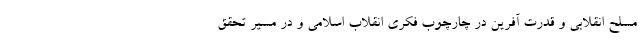
مسلح انقلابی و قدرت آفرین در چارچوب فکری انقلاب اسلامی و در مسیر تحقق